Report of the Imperial Institute of Veterinary Research, Muktesar
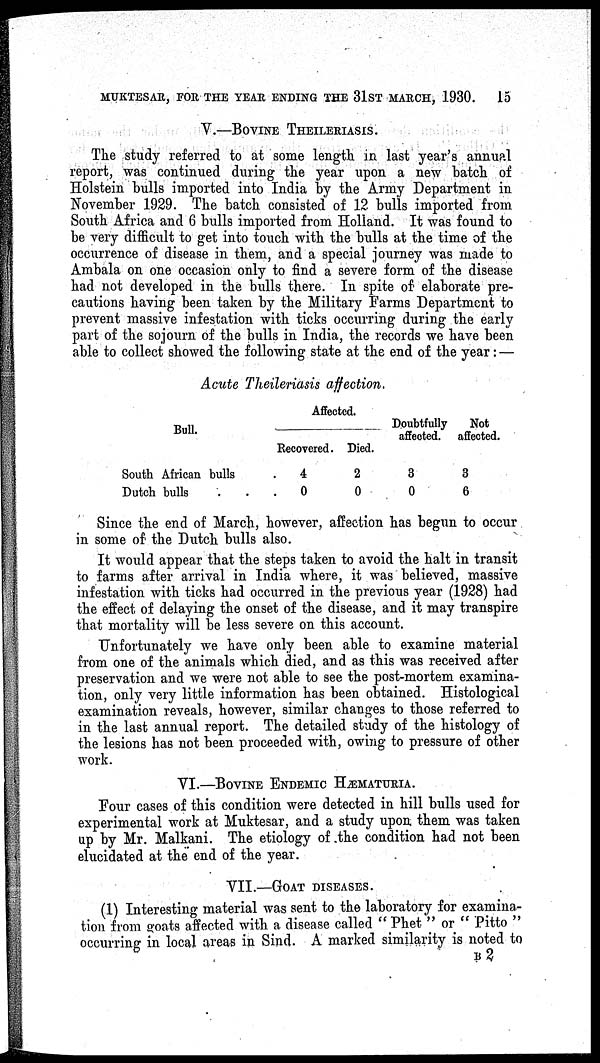
MUKTESAR, FOR THE YEAR ENDING THE 31ST MARCH, 1930.
15
V.—BOVINE THEILERIASIS.
The study referred to at some length in last year's annual
report, was continued during the year upon a new batch of
Holstein bulls imported into India by the Army Department in
November 1929. The batch consisted of 12 bulls imported from
South Africa and 6 bulls imported from Holland. It was found to
be very difficult to get into touch with the bulls at the time of the
occurrence of disease in them, and a special journey was made to
Ambala on one occasion only to find a severe form of the disease
had not developed in the bulls there. In spite of elaborate pre-
cautions having been taken by the Military Farms Department to
prevent massive infestation with ticks occurring during the early
part of the sojourn of the bulls in India, the records we have been
able to collect showed the following state at the end of the year :—
Acute Theileriasis affection.
Bull.
South African bulls
Dutch bulls
Affected.
Recovered.
4
0
Died.
2
0
Doubtfully
affected.
3
0
Not
affected.
8
6
Since the end of March, however, affection has begun to occur
in some of the Dutch bulls also.
It would appear that the steps taken to avoid the halt in transit
to farms after arrival in India where, it was believed, massive
infestation with ticks had occurred in the previous year (1928) had
the effect of delaying the onset of the disease, and it may transpire
that mortality will be less severe on this account.
Unfortunately we have only been able to examine material
from one of the animals which died, and as this was received after
preservation and we were not able to see the post-mortem examina-
tion, only very little information has been obtained. Histological
examination reveals, however, similar changes to those referred to
in the last annual report. The detailed study of the histology of
the lesions has not been proceeded with, owing to pressure of other
work.
VI.—BOVINE ENDEMIC HÆMATURIA.
Four cases of this condition were detected in hill bulls used for
experimental work at Muktesar, and a study upon them was taken
up by Mr. Malkani. The etiology of the condition had not been
elucidated at the end of the year.
VII.—GOAT DISEASES.
(1) Interesting material was sent to the laboratory for examina-
tion from goats affected with a disease called " Phet " or " Pitto "
occurring in local areas in Sind. A marked similarity is noted to
B 2